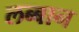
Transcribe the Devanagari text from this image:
लब्बान